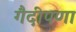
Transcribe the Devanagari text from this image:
गैदीपणा